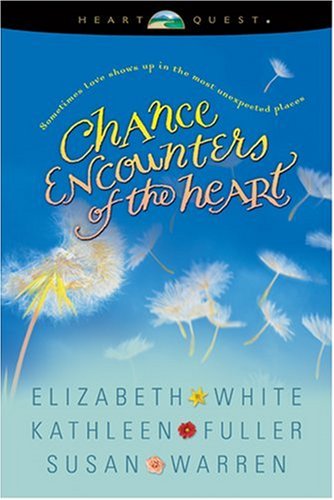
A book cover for Chance Encounters of the Heart: Will and a Way/Encore, Encore/Measure of a Man (HeartQuest Anthology); Elizabeth White; Religion & Spirituality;